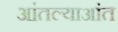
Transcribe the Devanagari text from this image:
आंतल्याआंत